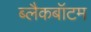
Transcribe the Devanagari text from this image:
ब्लैकबॉटम